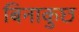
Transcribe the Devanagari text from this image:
बिनाकुछ